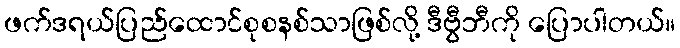
ဖက်ဒရယ်ပြည်ထောင်စုစနစ်သာဖြစ်လို့ ဒီဗွီဘီကို ပြောပါတယ်။